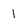
Character: l